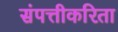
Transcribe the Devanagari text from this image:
संपत्तीकरिता